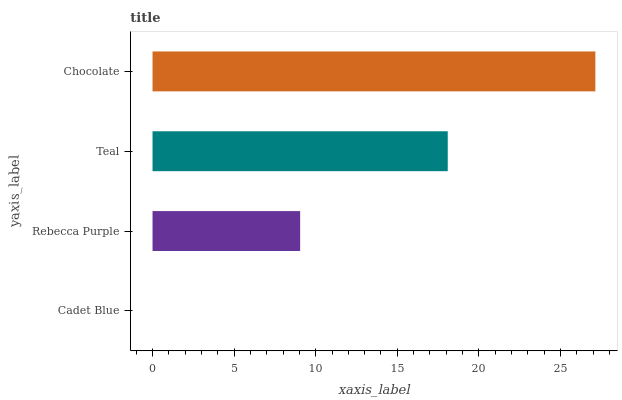
| yaxis_label | bars |
 | --- | --- |
 | Cadet Blue | 0 |
 | Rebecca Purple | 9.05 |
 | Teal | 18.1 |
 | Chocolate | 27.1 |